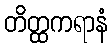
တိတ္ထကရာနံ